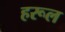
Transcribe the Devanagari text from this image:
हरूल